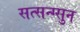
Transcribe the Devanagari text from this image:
सत्सन्ग्सुन